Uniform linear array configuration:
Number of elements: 4
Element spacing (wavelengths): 0.5
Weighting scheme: hann
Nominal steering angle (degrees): -45
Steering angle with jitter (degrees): -44.868
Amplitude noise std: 0.05
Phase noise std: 0.05

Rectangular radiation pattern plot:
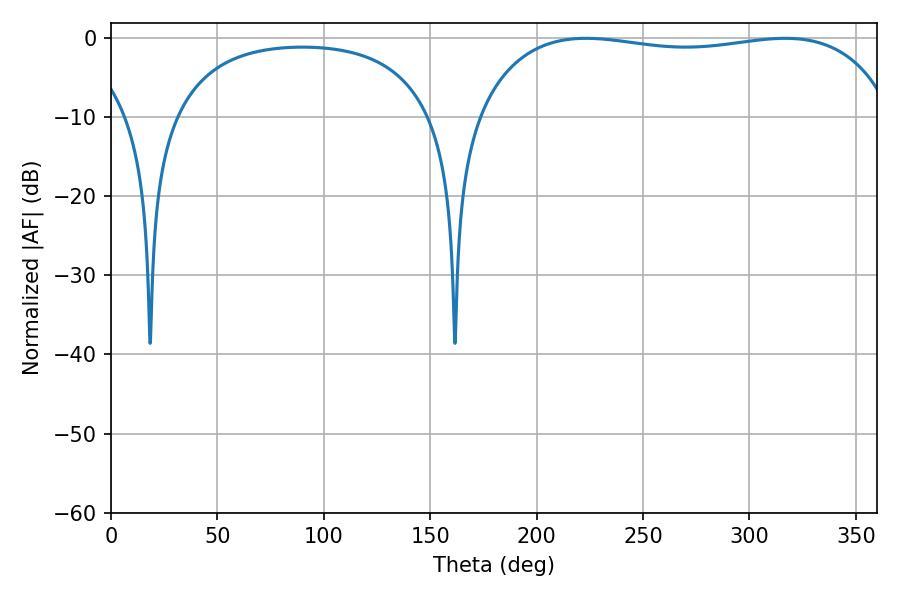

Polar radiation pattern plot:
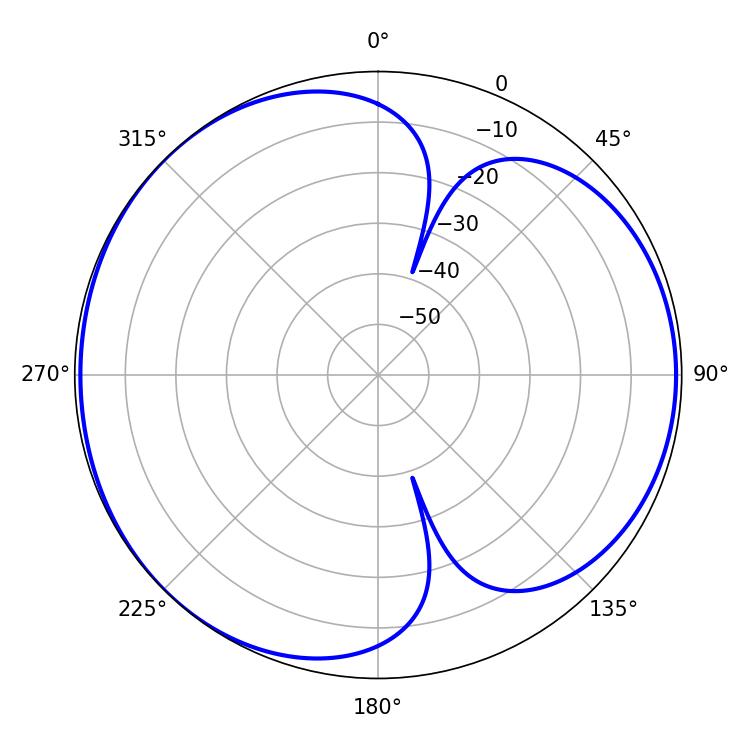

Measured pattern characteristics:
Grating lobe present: FALSE
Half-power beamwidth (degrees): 158.4
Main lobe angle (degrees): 223.2